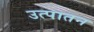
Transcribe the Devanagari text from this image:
उत्पातन